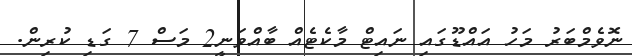
ނޮވެމްބަރު މަހު އައްޑޫގައި ނައިޓް މާކެޓެއް ބާއްވަނީ2 މަސް 7 ގަޑި ކުރިން.